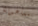
مساعدتنا